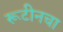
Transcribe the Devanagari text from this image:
रूटीनचा